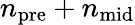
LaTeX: n_{\mathrm{pre}}+n_{\mathrm{mid}}